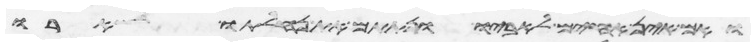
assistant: ואם אין אחים לאביו ונתתם את נחלתו לשארו